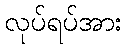
လုပ်ရပ်အား